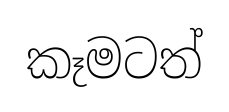
කෑමටත්